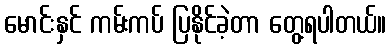
မောင်းနှင် ကမ်းကပ် ပြနိုင်ခဲ့တာ တွေ့ရပါတယ်။